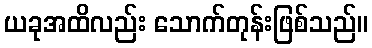
ယခုအထိလည်း သောက်တုန်းဖြစ်သည်။